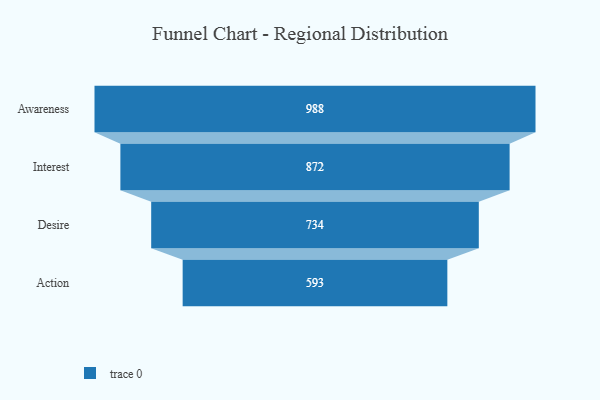
{"axis": {"x": "Stage", "y": "Value"}, "legend": [""], "data": [{"x": "Awareness", "y": 988.0, "type": ""}, {"x": "Interest", "y": 872.0, "type": ""}, {"x": "Desire", "y": 734.0, "type": ""}, {"x": "Action", "y": 593.0, "type": ""}]}